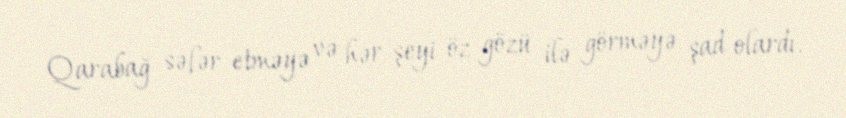
Qarabağ səfər etməyə və hər şeyi öz gözü ilə görməyə şad olardı.